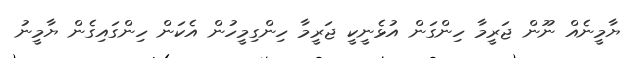
ޔާމީނެއް ނޫން ޖަރީމާ ހިންގަން އުޅެނީކީ ޖަރީމާ ހިންގިމީހުން އެކަން ހިންގައިގެން ޔާމީނު